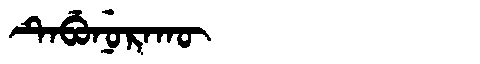
Manchu: ᡨᡝᠪᡠᠨᡠᡵᠠᡴᡡ
Romanization: TEBUNURAKŪ